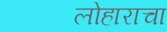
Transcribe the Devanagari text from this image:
लोहाराचा